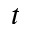
t